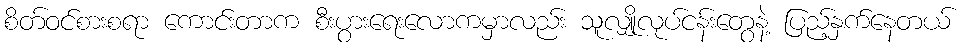
စိတ်ဝင်စားစရာ ကောင်းတာက စီးပွားရေးလောကမှာလည်း သူလျှိုလုပ်ငန်းတွေနဲ့ ပြည့်နှက်နေတယ်